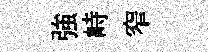
強峙窄